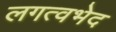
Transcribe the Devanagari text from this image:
लगत्वभेद